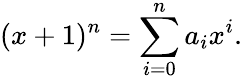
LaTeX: (x+1)^{n}=\sum_{i=0}^{n}a_{i}x^{i}.